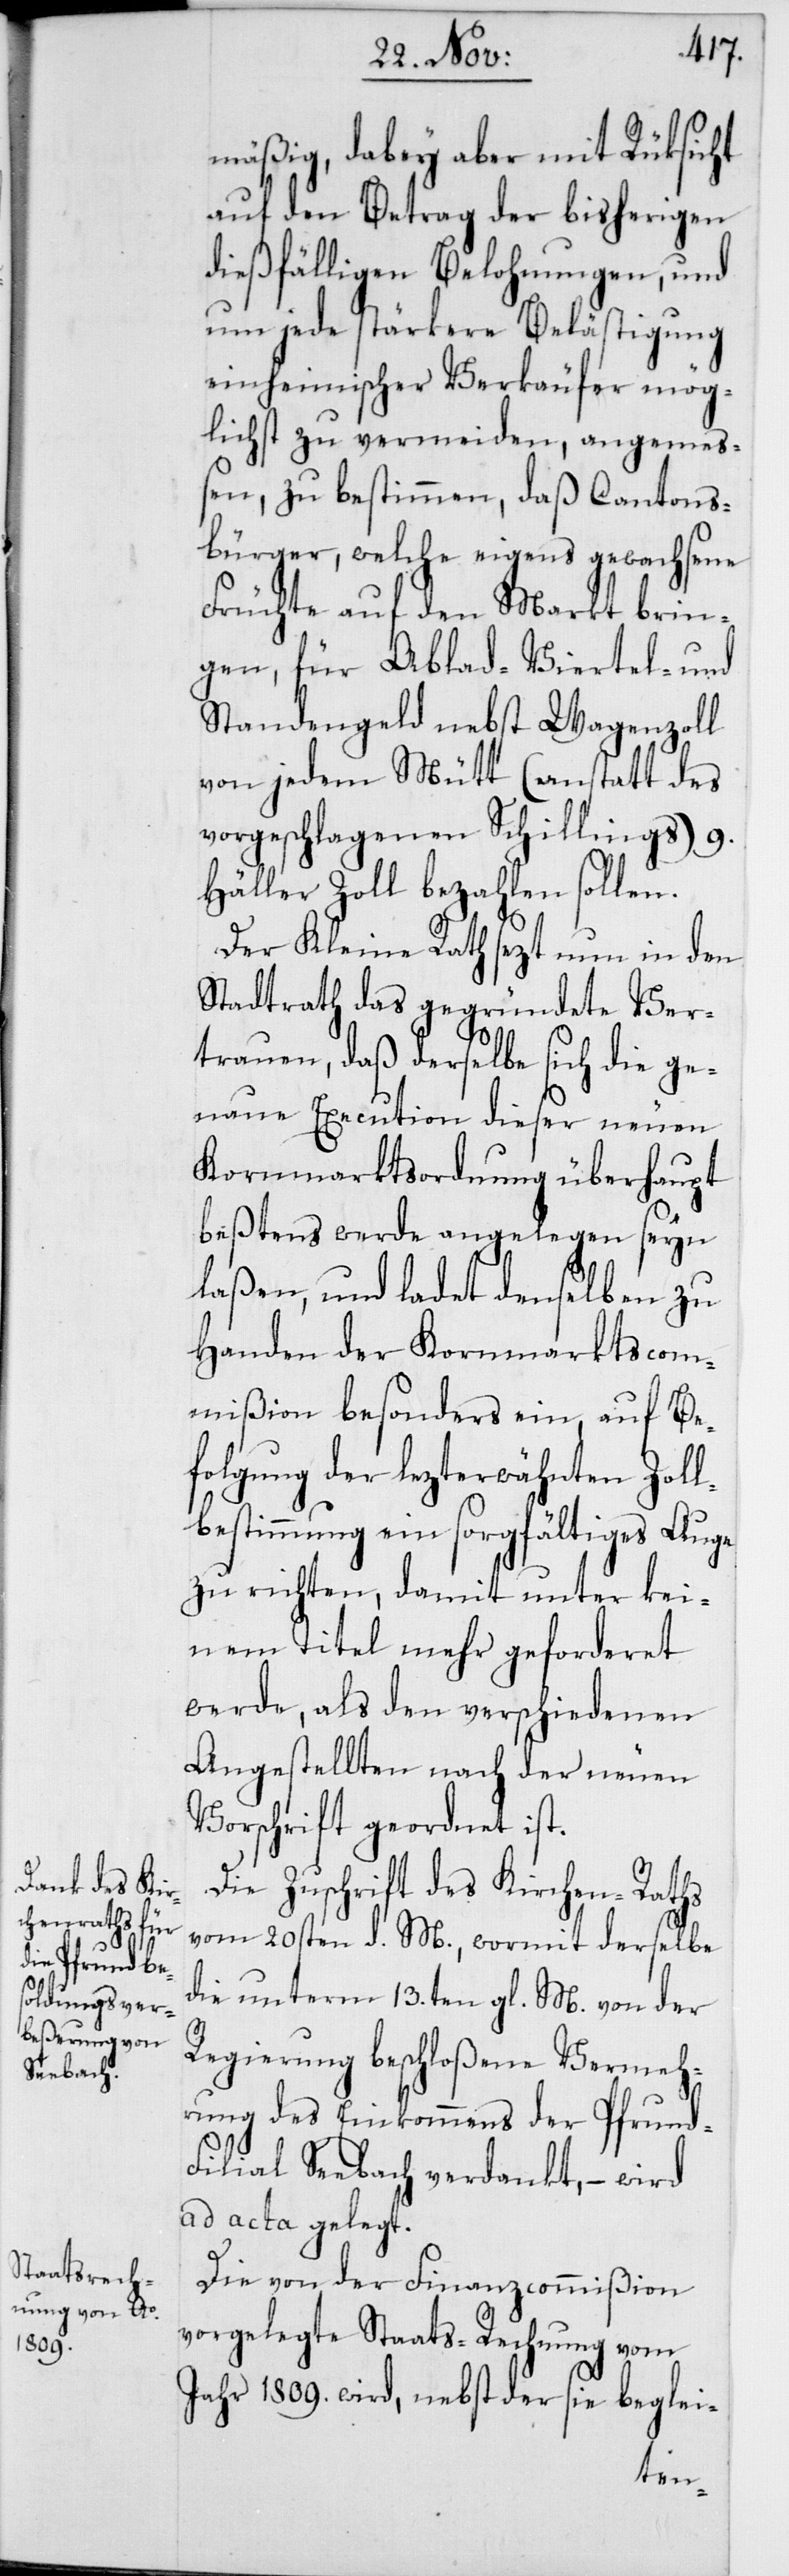
mäßig, dabey aber mit Rüksicht
auf den Betrag der bisherigen
dießfälligen Belohnungen, und
um jede stärkere Belästigung
einheimischer Verkäufer mög¬
lichst zu vermeiden angemeß¬
en, zu bestimmen, daß Cantons¬
bürger, welche eigens gewachsene
Früchte auf den Markt brin¬
gen, für Ablad-[,] Viertel- und
Standengeld nebst Wagenzoll
von jedem Mütt (anstatt des
vorgeschlagenen Schillings) 9.
Häller Zoll bezahlen sollen.
Der Kleine Rath sezt nun in den
Stadtrath das gegründete Ver¬
trauen, daß derselbe sich die ge¬
naue Execution dieser neuen
Kornmarktsordnung überhaupt
beßtens werde angelegen seyn
laßen, und ladet denselben zu
Handen der Kornmarktscom¬
mißion besonders ein, auf Be¬
folgung der lezterwähnten Zoll¬
bestimmung ein sorgfältiges Auge
zu richten, damit unter kei¬
nem Titel mehr geforderet
werde, als den verschiedenen
Angestellten nach der neuen
Vorschrift geordnet ist.
Die Zuschrift des Kirchen-Raths
vom 20sten d. M., wormit derselbe
die unterm 13.ten gl. M. von der
Regierung beschloßene Vermeh¬
rung des Einkommens der Pfrund-F¬
ilial Seebach verdankt, – wird
ad acta gelegt.
Die von der Finanzcommißion
vorgelegte Staats-Rechnung vom
Jahr 1809. wird, nebst der sie beglei-